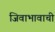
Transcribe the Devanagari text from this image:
जिवाभावाची